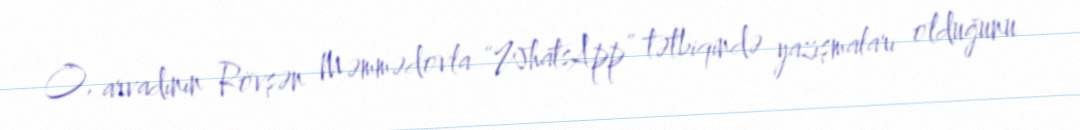
O, arvadının Rövşən Məmmədovla “WhatsApp” tətbiqində yazışmaları olduğunu